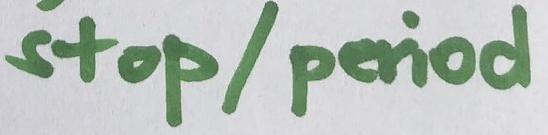
stop/period